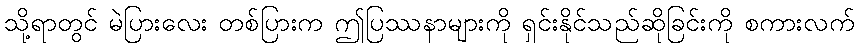
သို့ရာတွင် မဲပြားလေး တစ်ပြားက ဤပြဿနာများကို ရှင်းနိုင်သည်ဆိုခြင်းကို စကားလက်